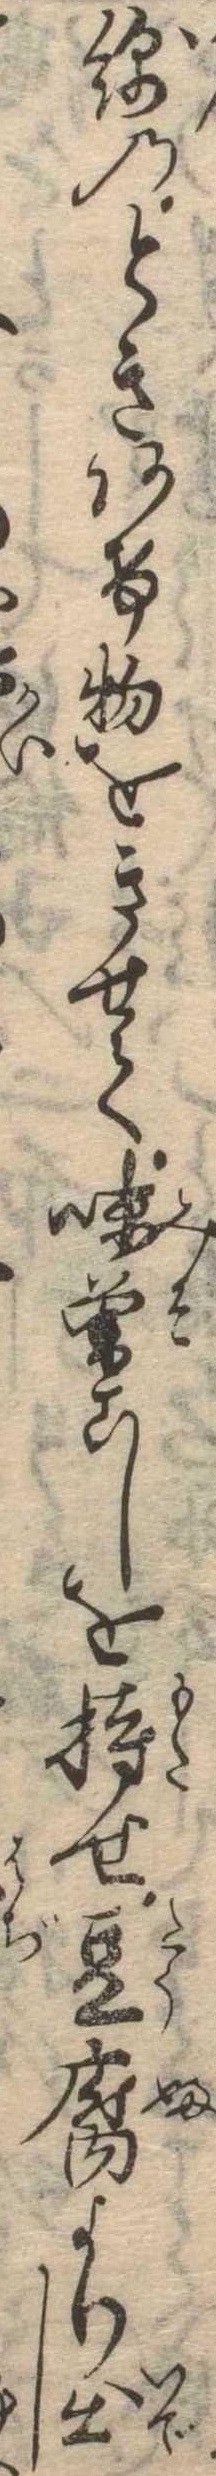
綿のときあけ物をきせて味噌こしを持せ豆腐より出し